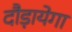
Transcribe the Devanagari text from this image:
दौड़ायेगा